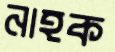
নাহক